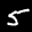
Label: 5